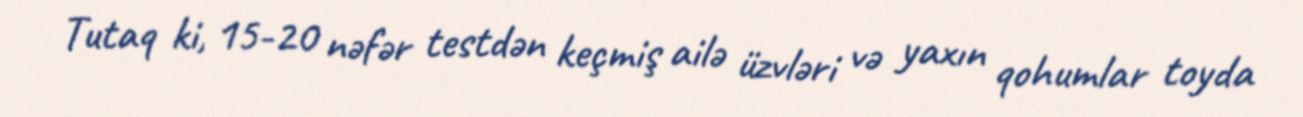
Tutaq ki, 15-20 nəfər testdən keçmiş ailə üzvləri və yaxın qohumlar toyda